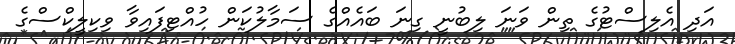
އަދި އެލިސްޓުގެ ތިން ވަނަ ލިބުނީ ގިނަ ބައެއްގެ ސަމާލުކަން ހުއްޓިފައިވާ ވިކިލީކްސްގެ